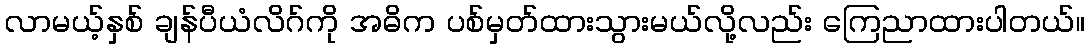
လာမယ့်နှစ် ချန်ပီယံလိဂ်ကို အဓိက ပစ်မှတ်ထားသွားမယ်လို့လည်း ကြေညာထားပါတယ်။